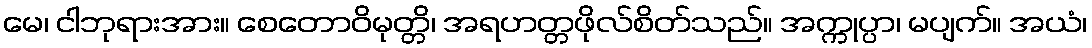
မေ၊ ငါဘုရားအား။ စေတောဝိမုတ္တိ၊ အရဟတ္တဖိုလ်စိတ်သည်။ အက္ကုပ္ပာ၊ မပျက်။ အယံ၊